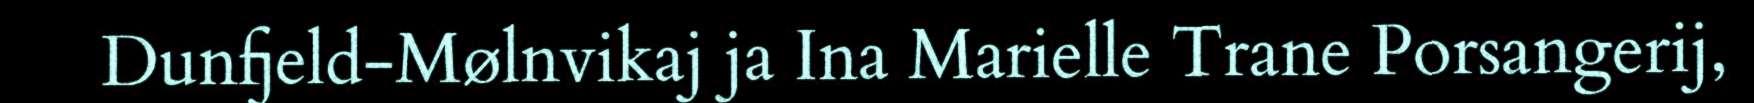
Dunfjeld-Mølnvikaj ja Ina Marielle Trane Porsangerij,